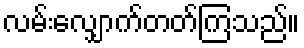
လမ်းလျှောက်တတ်ကြသည်။